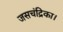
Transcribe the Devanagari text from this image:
जसचंद्रिका।